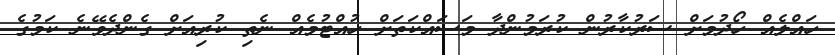
ހައްލެއް ހޯދުމަށް ސަރުކާރުން ކުރަމުންދާ މަސައްކަތަށް ހުއްޓުމެއް ނެތި ކުރިއަށް ގެންދެވޭނެ ކަމުގެ